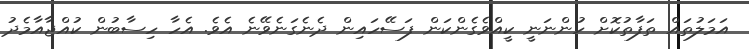
އަމަލުތައް ތަފާތުކޮށް ހުންނަނީ ކީއްވެގެންކަން ފަސޭހައިން ދެނެގަނެވޭނެ އެވެ. އެހާ ހިސާބުން ކުއްޖާއާމެދު